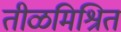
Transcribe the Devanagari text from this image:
तीळमिश्रित